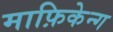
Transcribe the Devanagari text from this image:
माफ़िकेन्ग